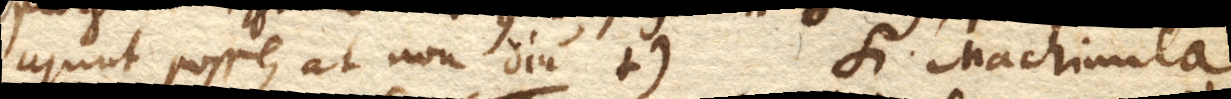
ajunt posse, at non diu. +) Si Machinula